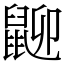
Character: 𪕋